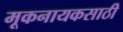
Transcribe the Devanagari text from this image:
मूकनायकसाठी